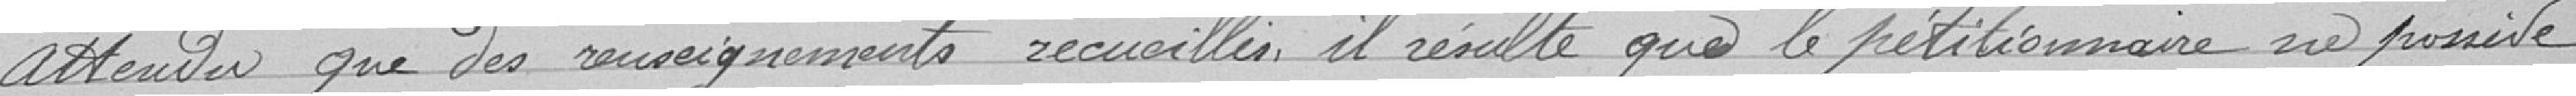
Attendu que des renseignements recueillis, il résulte que le pétitionnaire ne possède